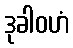
ဒုခါဝဟံ